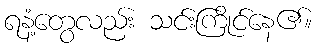
ရနံ့တွေလည်း သင်းကြိုင်နေ၏။